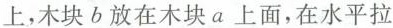
上，木块b放在木块a上面，在水平拉